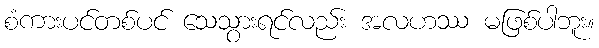
စံကားပင်တစ်ပင် သေသွားရင်လည်း အလဟဿ မဖြစ်ပါဘူး။